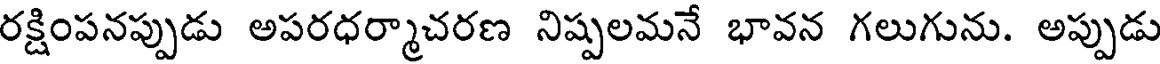
రక్షింపనప్పుడు అపరధర్మాచరణ నిష్పలమనే భావన గలుగును. అప్పుడు